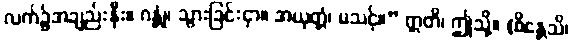
လက်၌အချည်းနှီး။ ဂန္တုံ၊ သွားခြင်းငှာ။ အယုတ္တံ၊ မသင့်။” ဣတိ၊ ဤသို့။ (စိန္တေသိ၊